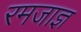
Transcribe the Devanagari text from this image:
रमजाज्ञ